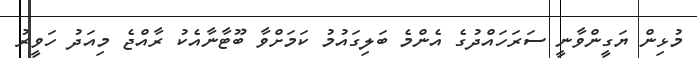
މުޅިން ޔަގީންވާނީ ސަރަހައްދުގެ އެންމެ ބަލިގައުމު ކަމަށްވާ ބޫޓާނާއެކު ރާއްޖެ މިއަދު ހަވީރު